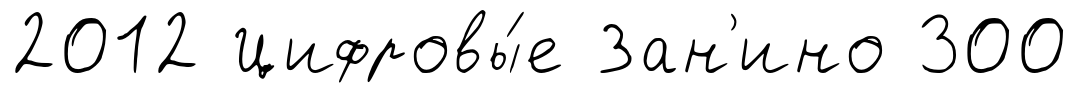
2012 Цифровы́е Зан'ино 300